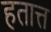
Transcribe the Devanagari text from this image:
हतात्त